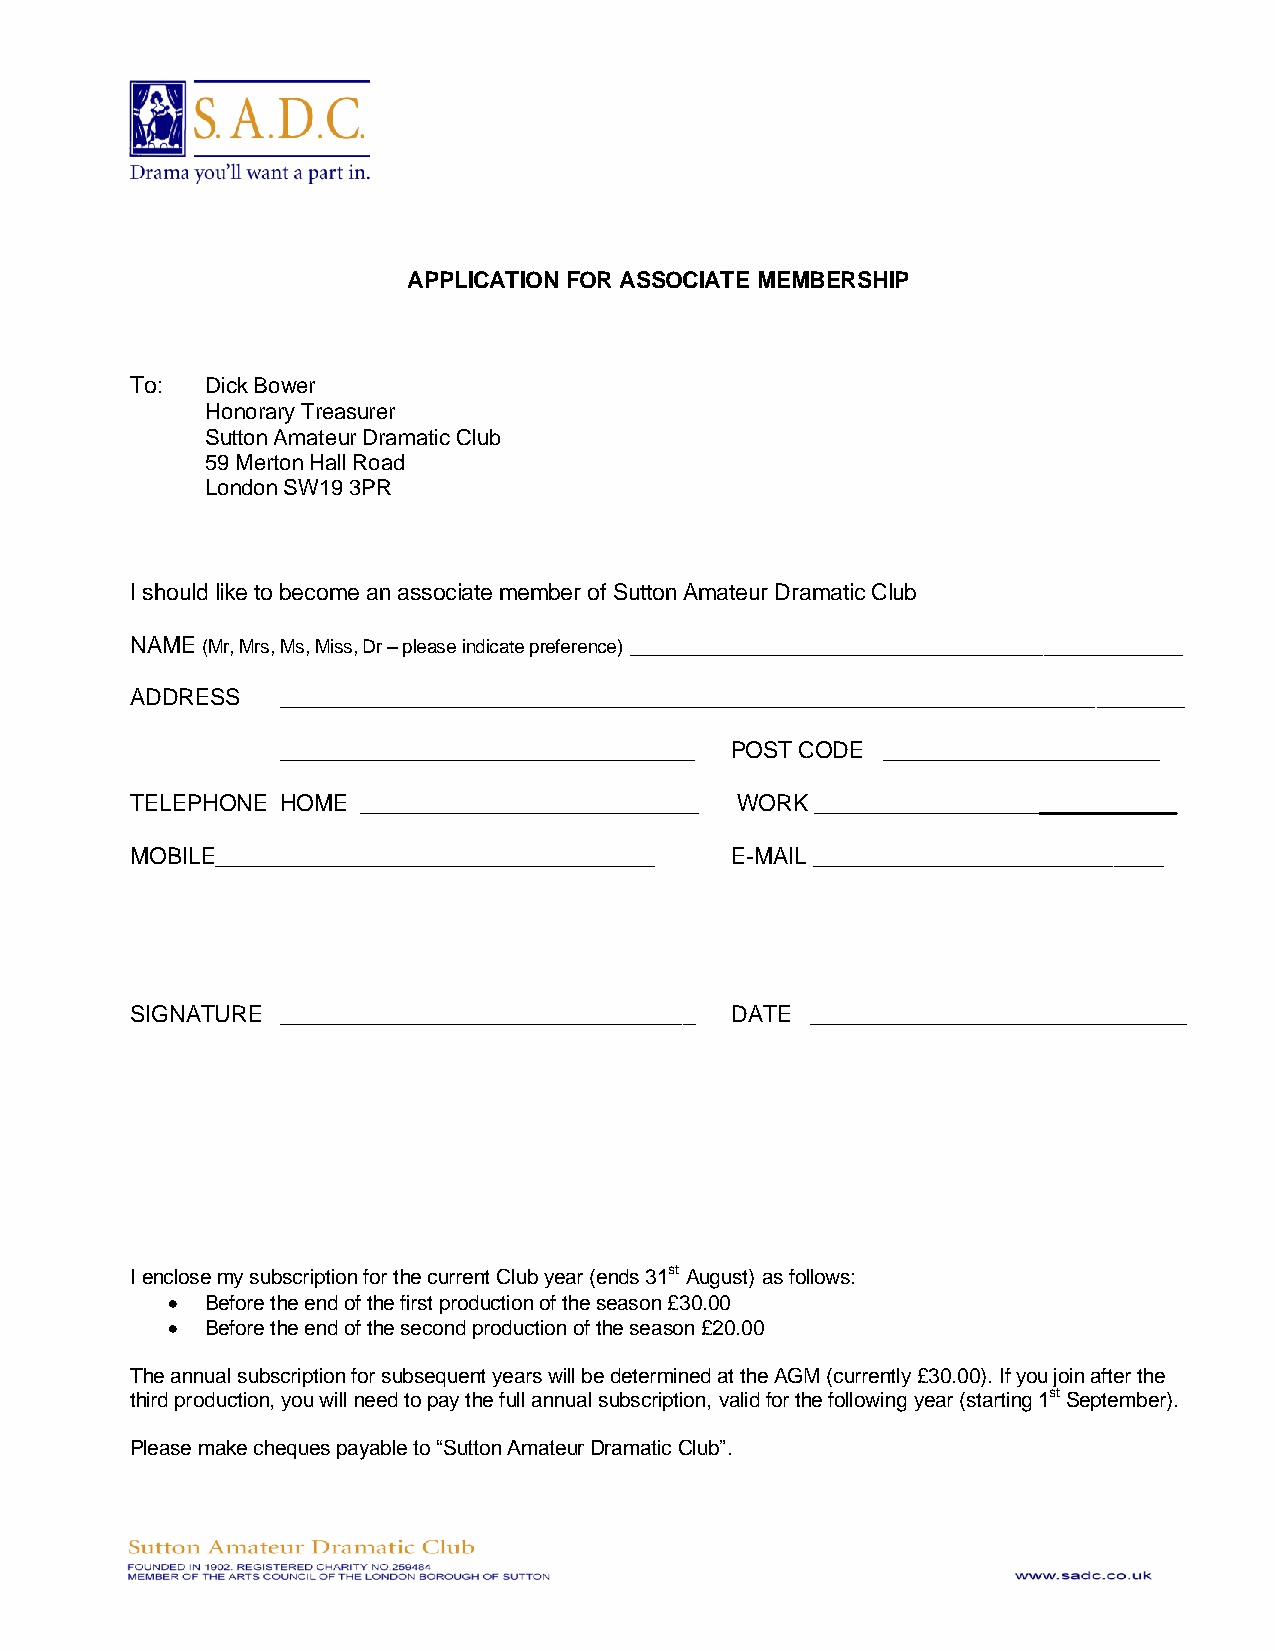
APPLICATION FOR ASSOCIATE MEMBERSHIP
 To:  Dick Bower
 Honorary Treasurer
 Sutton Amateur Dramatic Club
 59 Merton Hall Road
 London SW19 3PR
 I should like to become an associate member of Sutton Amateur Dramatic Club
 NAME (Mr, Mrs, Ms, Miss, Dr – please indicate preference) ____________________________________________
 ADDRESS   ________________________________________________________________________
 _________________________________ POST CODE ______________________
 TELEPHONE HOME ___________________________ WORK _____________________________
 MOBILE___________________________________ E-MAIL ____________________________
 SIGNATURE _________________________________ DATE ______________________________
 I enclose my subscription for the current Club year (ends 31st August) as follows:
   Before the end of the first production of the season £30.00
   Before the end of the second production of the season £20.00
 The annual subscription for subsequent years will be determined at the AGM (currently £30.00). If you join after the
 third production, you will need to pay the full annual subscription, valid for the following year (starting 1st September).
 Please make cheques payable to “Sutton Amateur Dramatic Club”.